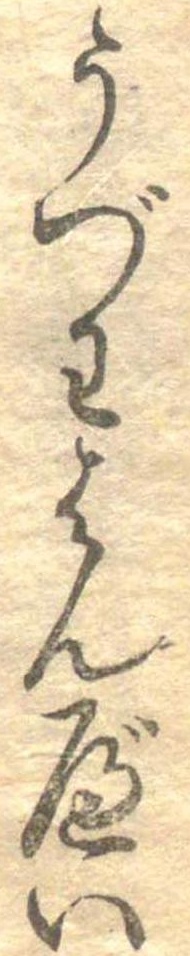
うづわはんべい